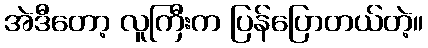
အဲဒီတော့ လူကြီးက ပြန်ပြောတယ်တဲ့။